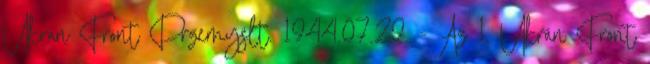
Ukrán Front Przemyslt. 1944.07.29. - Az 1. Ukrán Front